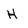
Character: H